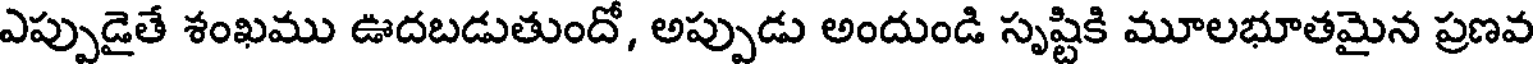
ఎప్పుడైతే శంఖము ఊదబడుతుందో, అప్పుడు అందుండి సృష్టికి మూలభూతమైన ప్రణవ